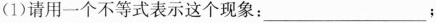
(1)请用一个不等式表示这个现象：___；